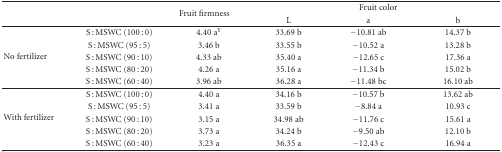
|  |  | <ROWSPAN=2> Fruit firmness | <COLSPAN=3> Fruit color |
 |  |  | L | a | b |
 | --- | --- | --- | --- | --- | --- |
 | <ROWSPAN=5> No fertilizer | S : MSWC (100 : 0) | 4.40 aY | 33.69 b | −10.81 ab | 14.37 b |
 | S : MSWC (95 : 5) | 3.46 b | 33.55 b | −10.52 a | 13.28 b |
 | S : MSWC (90 : 10) | 4.33 ab | 35.40 a | −12.65 c | 17.36 a |
 | S : MSWC (80 : 20) | 4.26 a | 35.16 a | −11.34 b | 15.02 b |
 | S : MSWC (60 : 40) | 3.96 ab | 36.28 a | −11.48 bc | 16.10 ab |
 | <ROWSPAN=5> With fertilizer | S : MSWC (100 : 0) | 4.40 a | 34.16 b | −10.57 b | 13.62 ab |
 | S : MSWC (95 : 5) | 3.41 a | 33.59 b | −8.84 a | 10.93 c |
 | S : MSWC (90 : 10) | 3.15 a | 34.98 ab | −11.76 c | 15.61 a |
 | S : MSWC (80 : 20) | 3.73 a | 34.24 b | −9.50 ab | 12.10 b |
 | S : MSWC (60 : 40) | 3.23 a | 36.35 a | −12.43 c | 16.94 a |